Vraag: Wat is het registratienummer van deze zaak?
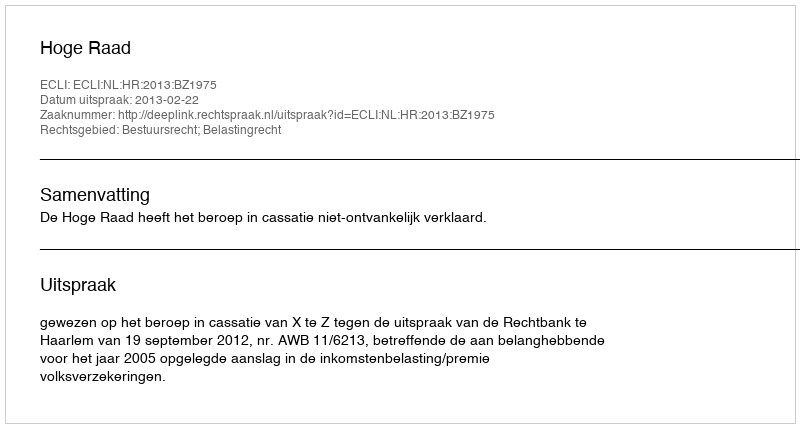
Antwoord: http://deeplink.rechtspraak.nl/uitspraak?id=ECLI:NL:HR:2013:BZ1975